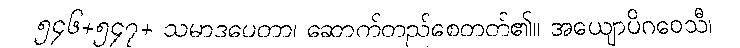
၅၄၆+၅၄၇+ သမာဒပေတာ၊ ဆောက်တည်စေတတ်၏။ အယျောပိဂဝေသီ၊